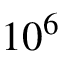
1 0 ^ { 6 }